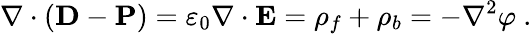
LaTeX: \nabla\cdot(\mathbf{D}-\mathbf{P})=\varepsilon_{0}\nabla\cdot\mathbf{E}=\rho_{f}+\rho_{b}=-\nabla^{2}\varphi\ .